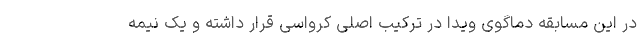
در این مسابقه دماگوی ویدا در ترکیب اصلی کرواسی قرار داشته و یک نیمه